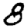
Digit: 8